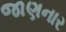
જાણનાર